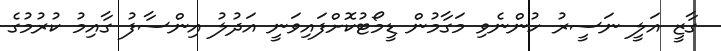
ގާޒީ އަލީ ނަސީރު ހުންނެވި މަގާމުން ޑީމޯޓުކޮށްފައިވަނީ އަދުލު އިންސާފު ގާއިމު ކުރުމުގެ